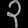
Digit: ၃